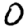
Digit: 0